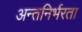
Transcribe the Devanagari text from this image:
अन्तनिर्भरता